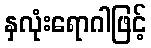
နှလုံးရောဂါဖြင့်